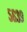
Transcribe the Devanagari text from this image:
५६३९